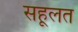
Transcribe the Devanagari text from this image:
सहूलत